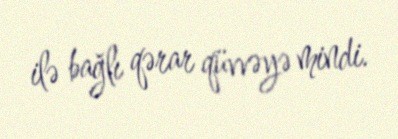
ilə bağlı qərar qüvvəyə mindi.